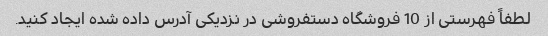
لطفاً فهرستی از 10 فروشگاه دستفروشی در نزدیکی آدرس داده شده ایجاد کنید.